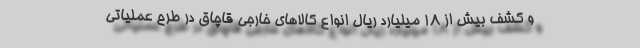
و کشف بیش از ۱۸ میلیارد ریال انواع کالاهای خارجی قاچاق در طرح عملیاتی